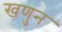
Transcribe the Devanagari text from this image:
खणुन